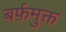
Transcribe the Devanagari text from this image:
बर्फ़मुक्त